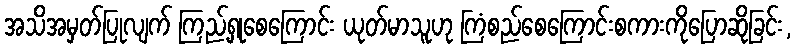
အသိအမှတ်ပြုလျက် ကြည့်ရှုစေကြောင်း ယုတ်မာသူဟု ကြံစည်စေကြောင်းစကားကိုပြောဆိုခြင်း,